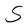
Character: S